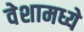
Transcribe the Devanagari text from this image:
वेशामध्ये